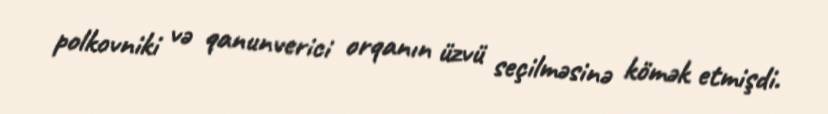
polkovniki və qanunverici orqanın üzvü seçilməsinə kömək etmişdi.